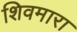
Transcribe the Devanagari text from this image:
शिवमारा